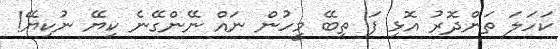
ކަހަލަ ތަންދޮރު އޮޅި ފަ ތިބޭ މީހުން ނައް ނޭންގޭނެ ކިޔޭ ނުކިޔޭ!